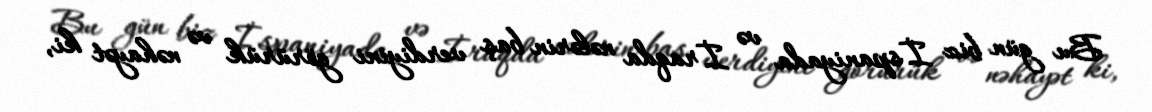
Bu gün biz İspaniyada və İraqda nələrin baş verdiyini görürük və nəhayət ki,